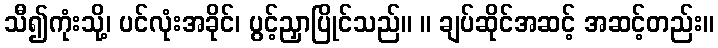
သီ၍ကုံးသို့၊ ပင်လုံးအခိုင်၊ ပွင့်ညှာပြိုင်သည်။ ။ ချပ်ဆိုင်အဆင့် အဆင့်တည်း။